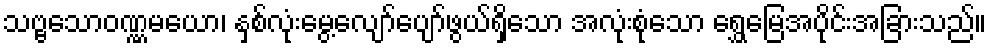
သဗ္ဗသောဝဏ္ဏမယော၊ နှစ်လုံးမွေ့လျော်ပျော်ဖွယ်ရှိသော အလုံးစုံသော ရွှေမြေအပိုင်းအခြားသည်။